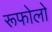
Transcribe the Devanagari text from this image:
रूफोलो